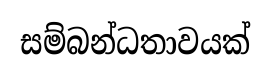
සම්බන්ධතාවයක්